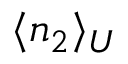
\langle n _ { 2 } \rangle _ { U }